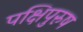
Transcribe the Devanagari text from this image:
पक्षिपुरुष